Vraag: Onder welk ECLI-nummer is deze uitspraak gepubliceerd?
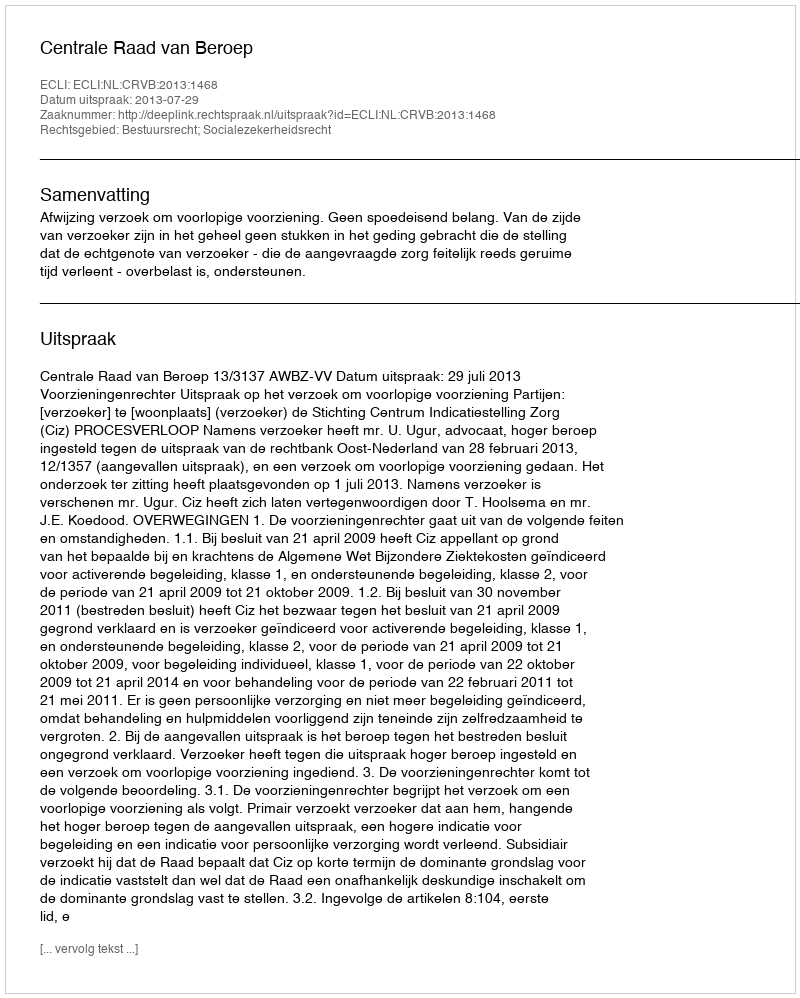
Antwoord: ECLI:NL:CRVB:2013:1468